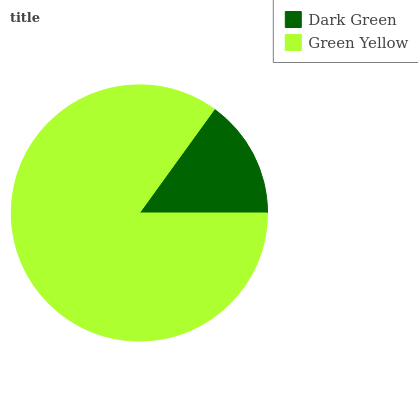
| Dark Green | Green Yellow |
 | --- | --- |
 | 15% | 85% |